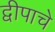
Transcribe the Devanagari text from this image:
द्वीपाचे